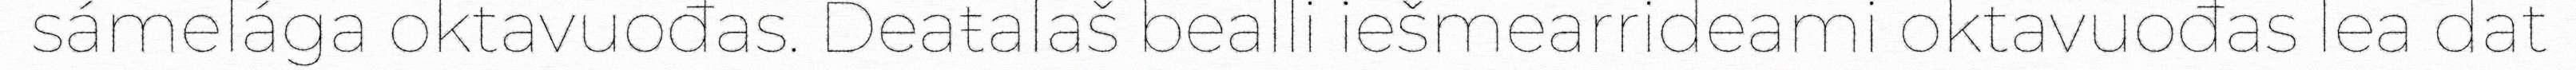
sámelága oktavuođas. Deaŧalaš bealli iešmearrideami oktavuođas lea dat